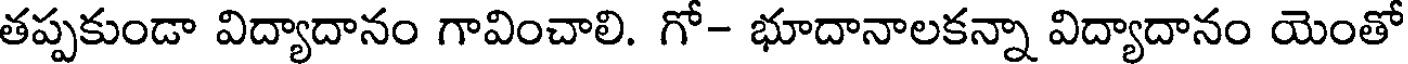
తప్పకుండా విద్యాదానం గావించాలి. గో- భూదానాలకన్నా విద్యాదానం యెంతో